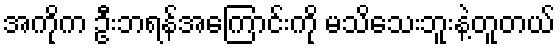
အကိုက ဦးဘရန်အကြောင်းကို မသိသေးဘူးနဲ့တူတယ်